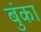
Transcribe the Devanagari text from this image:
बुंका